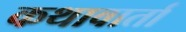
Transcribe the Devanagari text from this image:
कथावार्ता